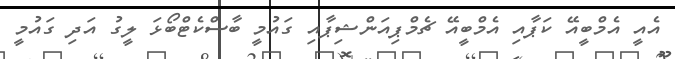
އެއީ އެމްބީއޭ ކަޕާއި އެމްބީއޭ ޗެމްޕިއަންޝިޕާއި ގައުމީ ބާސްކެޓްބޯޅަ ލީގު އަދި ގައުމީ